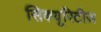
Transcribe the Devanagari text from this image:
सिक्यूरिटीज़